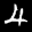
Label: 4